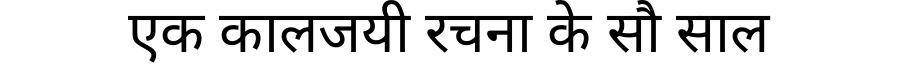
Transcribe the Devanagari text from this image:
एक कालजयी रचना के सौ साल